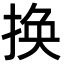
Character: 换